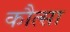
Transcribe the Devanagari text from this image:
कौत्सा